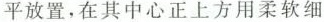
平放置，在其中心正上方用柔软细